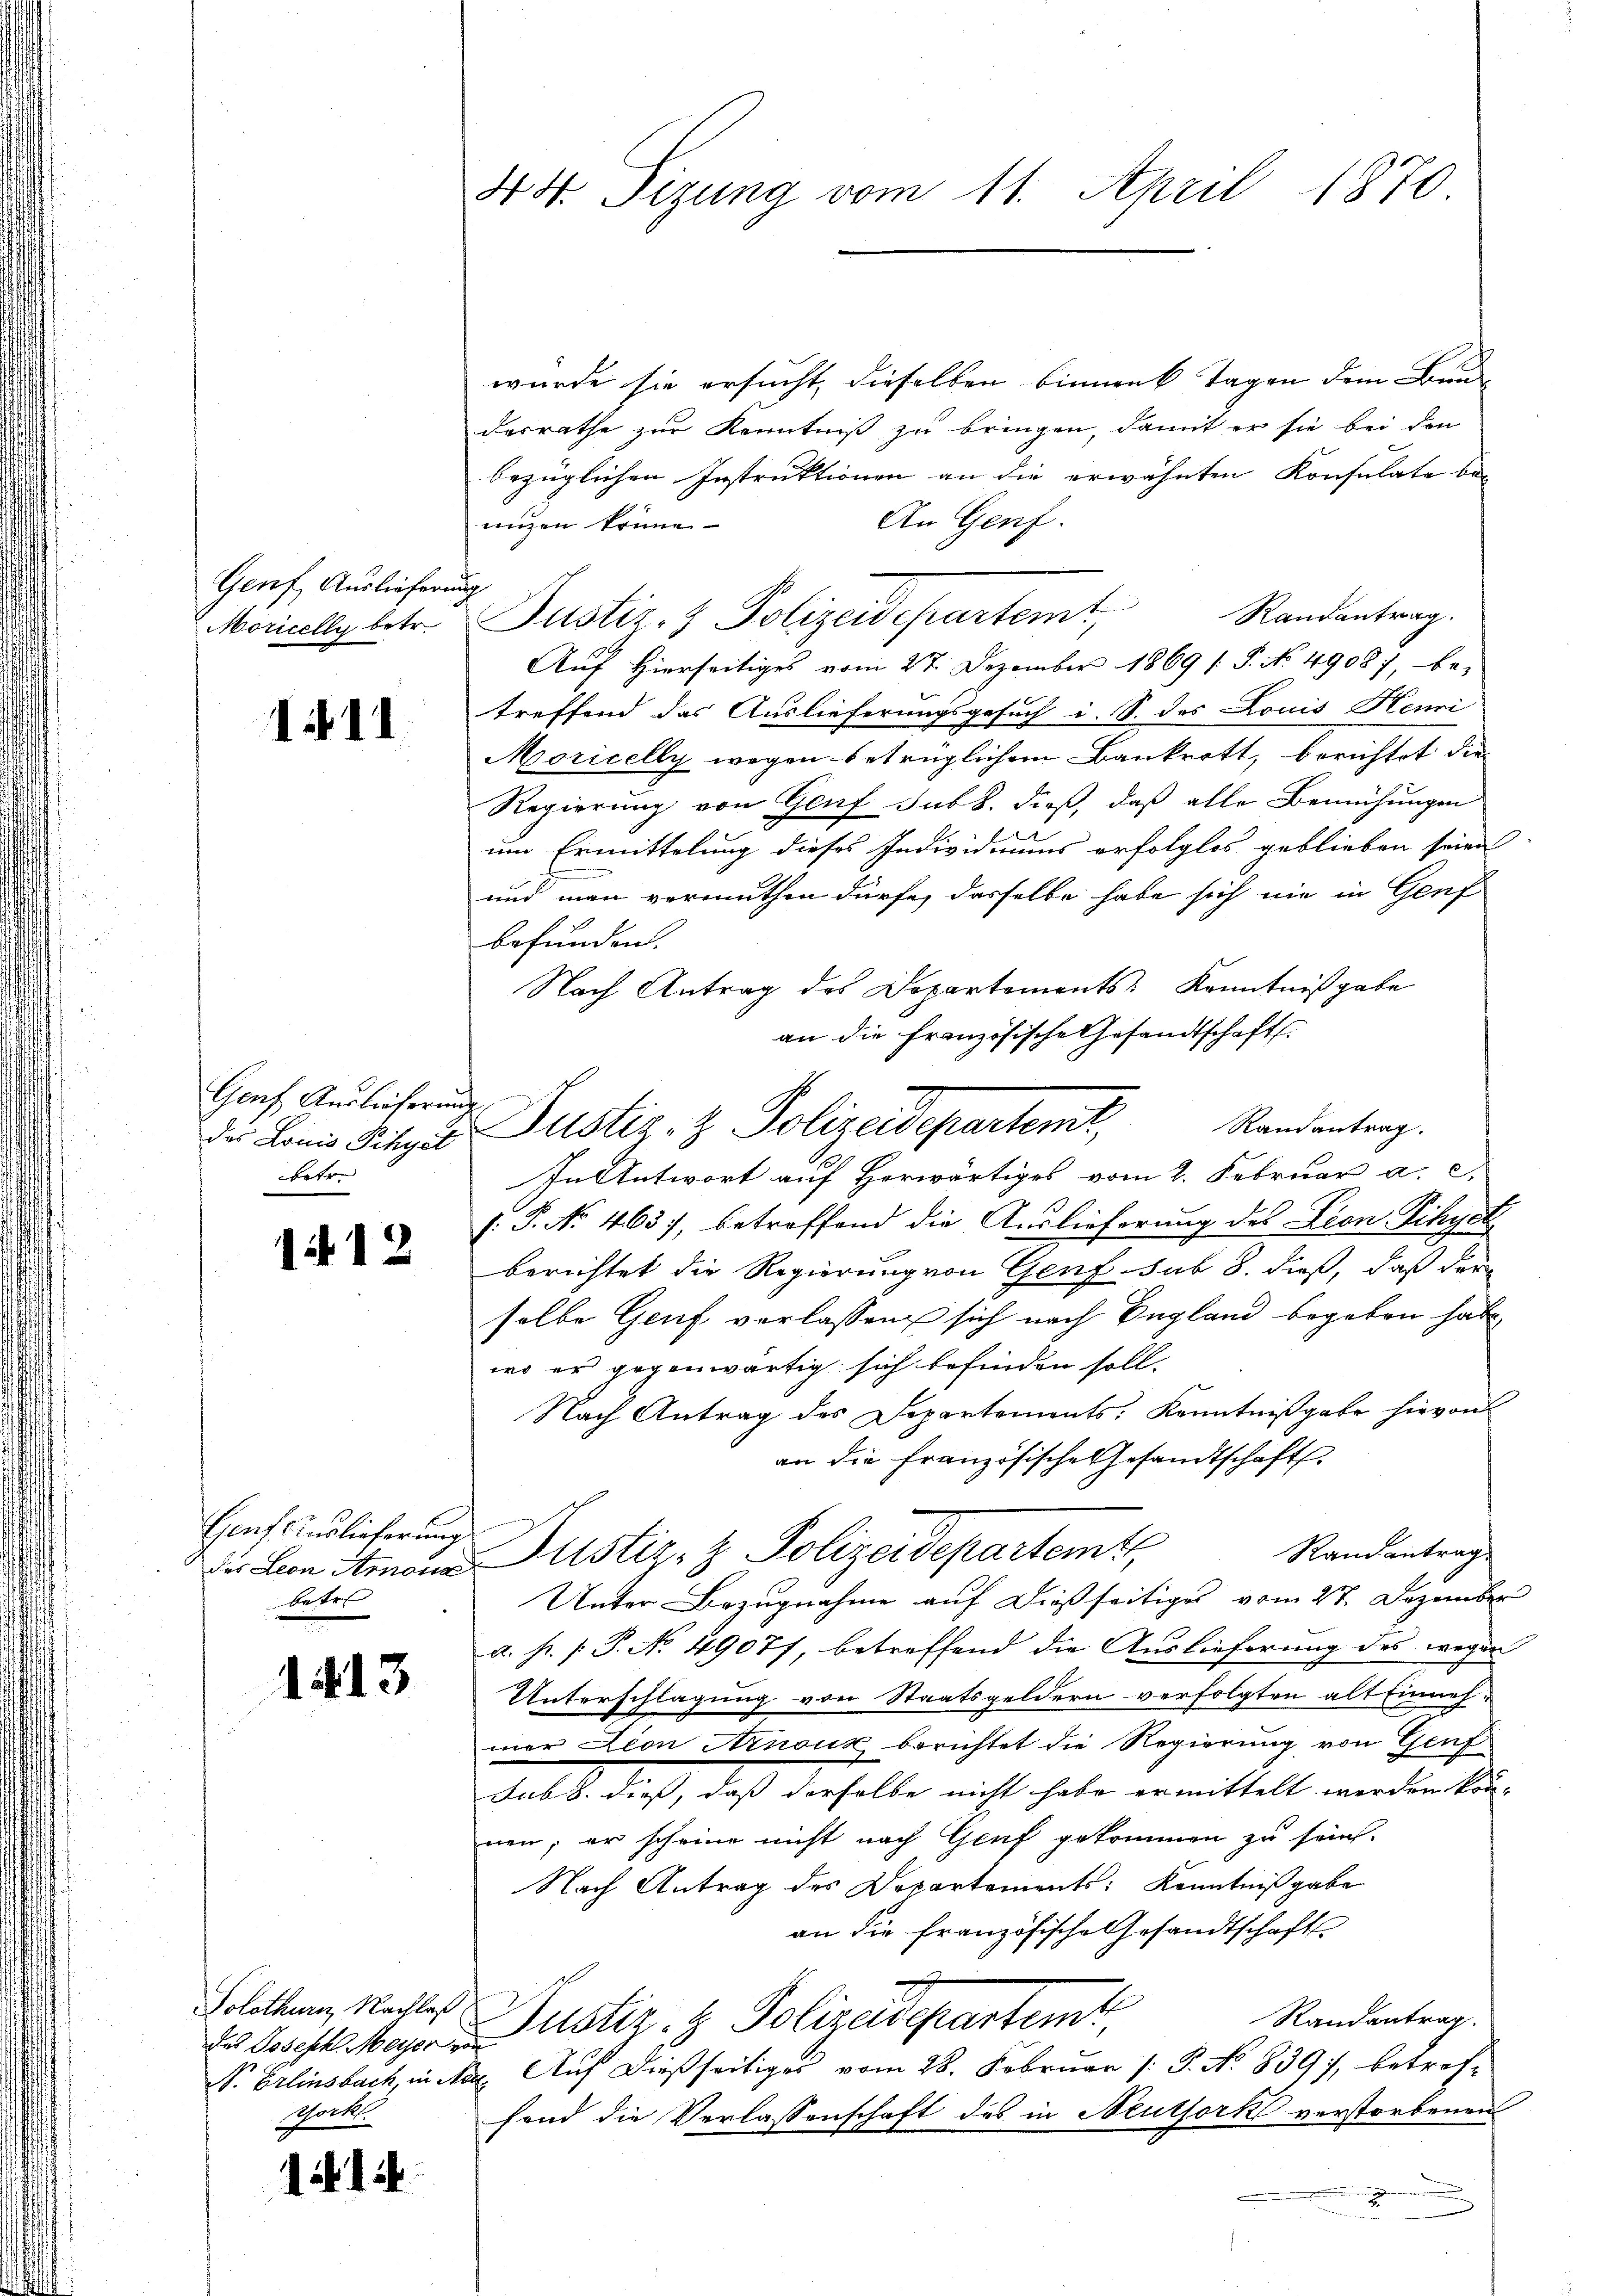
Genf, Auslieferung
Moricelly betr.

1411.

Gauf Auslieferung
betr.

1412

Genf Auslieferung
Nr.

1413

Solothurn, Nachlaß
Gorkl.

1414

44 Tizung vom 11. April 1870.

wurde sie ersucht, dieselben binnen Tagen dem Bunde
desrathe zur Kenntniß zu bringen, damit er sie bei den
bezüglichen Instruktionen an die erwähnten Konsulate bei
An Genf.
anzen könne
Auf Hierseitiges vom 27. Dezember 1869 /: P. No 4908), be-
treffend das Auslieferungsgesuch i. S. des Louis Henri
Moricelly wegen betrüglichem Bankrott, berichtet die
Regierung von Genf sub b. dieß, daß alle Bemühungen

um Ermittelung dieses Individiums erfolglos geblieben seien
und man vermuthen dürfe, dasselbe habe sich nie in Genf
befunden.
Nach Antrag des Departements Kenntnißgabe
an die Französische Gesandtschaft
In Antwort auf Herwärtiges vom 2. Februar a. c.
s: P. No 463), betroffend die Auslieferung des Leon Pihyet
berichtet die Regierung von Genf sub 8. dieß, daß der
selbe Genf verlassen sich nach England begeben habe
wo er gegenwärtig sich befinden soll.
Nach Antrag des Departements, Kenntnißgabe hievon
an die Französische Gesandtschaft
Randantrag.
der Lein Hinaus Justiz- & Polizeidepartemt,
Unter Bezugnahme auf dießseitiges vom 27. Dezember
a. Hr. P. No 49077, betreffend die Auslieferung des wegen
Unterschlagung von Staatsgeldern verfolgten alt Einneh-
mer Lion Arnouz berichtet die Regierung von Genf
Satb. dich, daß derselbe nicht habe ermittelt werden kann
nen; er scheine nicht nach Graf gekommen zu sein.
Nach Antrag des Departements: Kenntnißgabe
an die französische Gesandtschaft
Randantrag.
des Beschl. Mayer Justiz- & Polizeidepartemt,
S. Erlinsbach, in Nat. Auf dießseitiges vom 28. Februar /: P. No 839), betroffend die Verlassenschaft des in Neuthork verstorbenen
.
i

Justiz- & Polizeidepartemt Randantrag.

Der Linie Sicher Justiz- & Polizeidepartemt, Randentrag.